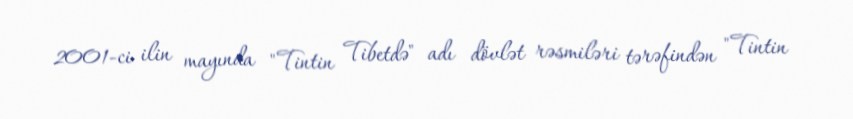
2001-ci ilin mayında "Tintin Tibetdə" adı dövlət rəsmiləri tərəfindən "Tintin